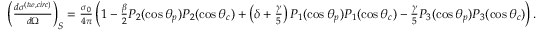
\begin{array} { r } { \left( \frac { d \sigma ^ { ( t w , c i r c ) } } { d \Omega } \right) _ { S } = \frac { \sigma _ { 0 } } { 4 \pi } \left( 1 - \frac { \beta } { 2 } P _ { 2 } ( \cos \theta _ { p } ) P _ { 2 } ( \cos \theta _ { c } ) + \left( \delta + \frac { \gamma } { 5 } \right) P _ { 1 } ( \cos \theta _ { p } ) P _ { 1 } ( \cos \theta _ { c } ) - \frac { \gamma } { 5 } P _ { 3 } ( \cos \theta _ { p } ) P _ { 3 } ( \cos \theta _ { c } ) \right) . } \end{array}